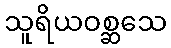
သူရိယဝစ္ဆသေ